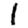
Digit: 1